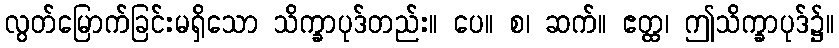
လွတ်မြောက်ခြင်းမရှိသော သိက္ခာပုဒ်တည်း။ ပေ။ စ၊ ဆက်။ ဧတ္ထ၊ ဤသိက္ခာပုဒ်၌။